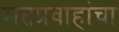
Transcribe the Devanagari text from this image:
मतप्रवाहांचा